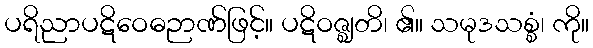
ပရိညာပဋိဝေဓဉာဏ်ဖြင့်။ ပဋိဝဇ္ဈတိ၊ ၏။ သမုဒသစ္စံ၊ ကို။